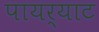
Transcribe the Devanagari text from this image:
पायर्याट